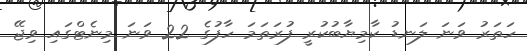
ހަތަރު ވަނަ ލަނޑު ކާމިޔާބުކުރީ ފުރަތަމަ ހާފުގެ 22 ވަނަ މިނެޓްގައި ވިޖޭ